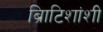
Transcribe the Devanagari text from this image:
ब्रिाटिशांशी